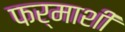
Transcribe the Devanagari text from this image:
फर्माशी